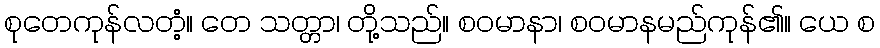
စုတေကုန်လတံ့။ တေ သတ္တာ၊ တို့သည်။ စဝမာနာ၊ စဝမာနမည်ကုန်၏။ ယေ စ